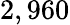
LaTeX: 2,960